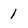
Character: I